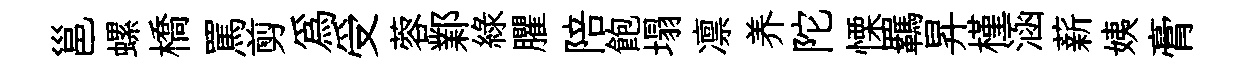
邕螺橋罵剪為受蓉鄴綠臞陪飽塌凛养陀慄羈昇槿涵薪姨膏